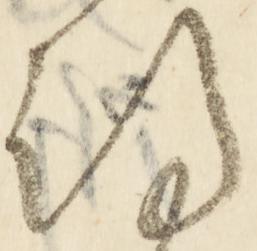
期